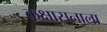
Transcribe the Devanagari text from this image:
कक्षासनाला